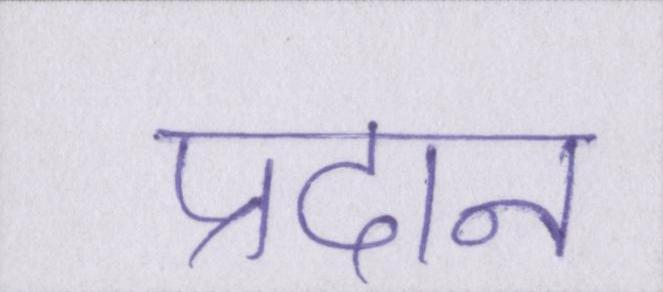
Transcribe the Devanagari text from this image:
प्रदान